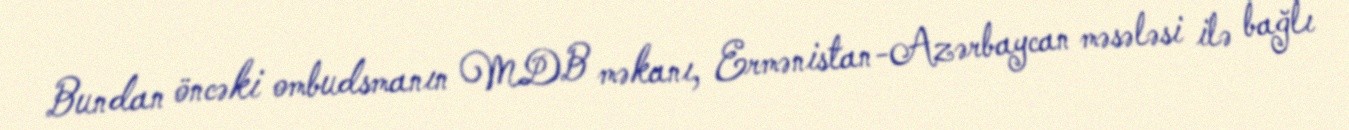
Bundan öncəki ombudsmanın MDB məkanı, Ermənistan-Azərbaycan məsələsi ilə bağlı